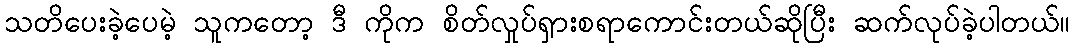
သတိပေးခဲ့ပေမဲ့ သူကတော့ ဒီ ကိုက စိတ်လှုပ်ရှားစရာကောင်းတယ်ဆိုပြီး ဆက်လုပ်ခဲ့ပါတယ်။